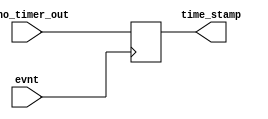
//This 32-bit register will grab the value from nano_timer
module timestamp_reg (
	input evnt,
	input [31:0] nano_timer_out,
	output reg [31:0] time_stamp
); 

	// Trigger on the rising edge of an event from the Front End Board
	always @ (posedge evnt)
	begin 
	   time_stamp = nano_timer_out;
	end
endmodule